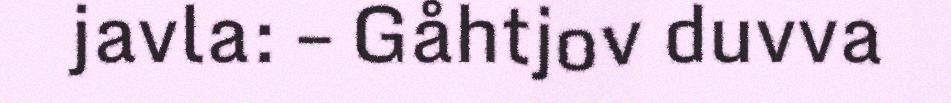
javla: – Gåhtjov duvva